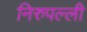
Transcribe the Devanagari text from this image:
निरुपल्ली